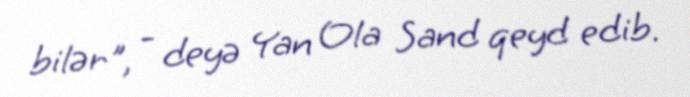
bilər", - deyə Yan Ola Sand qeyd edib.